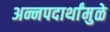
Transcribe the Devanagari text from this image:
अन्नपदार्थांमुळे